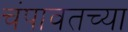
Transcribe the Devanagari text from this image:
चंपावतच्या